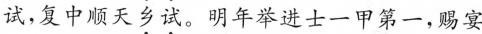
试，复中顺天\underset{·}{乡}\underset{·}{试}。明年举进士一甲第一，赐宴